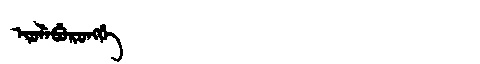
Manchu: ᡳᠣᠯᡝᠪᡠᡵᠣᠩᡤᡝ
Romanization: IOLEBURONGGE